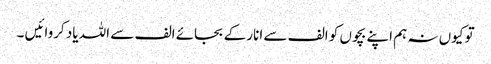
تو کیوں نہ ہم اپنے بچوں کو الف سے انار کے بجائے الف سے اللہ یاد کروائیں ۔